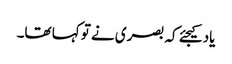
یاد کیجئے کہ بصری نے تو کہا تھا۔